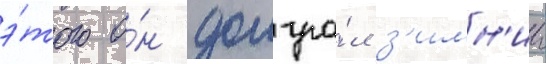
э́того о́н доигра́л з'имн'ии